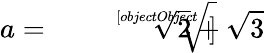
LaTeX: a={\sqrt[[objectObject]]{{\sqrt{2}}+{\sqrt{3}}}}